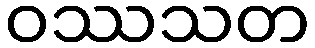
ဝဿသတ